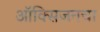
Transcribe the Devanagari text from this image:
ऑक्‍सिजनचा